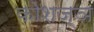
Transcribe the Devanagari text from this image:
कोशज्ञ